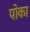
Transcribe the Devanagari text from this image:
पोका